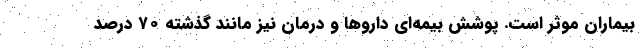
بیماران موثر است. پوشش بیمه‌ای داروها و درمان نیز مانند گذشته ۷۰ درصد